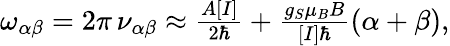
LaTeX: \begin{array}{r}{\omega_{\alpha\beta}=2\pi\, \nu_{\alpha\beta}\approx\frac{A[I]}{2\hbar}+\frac{g_{S}\mu_{B}B}{[I]\hbar}(\alpha+\beta),}\end{array}